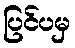
ပြင်ပမှ